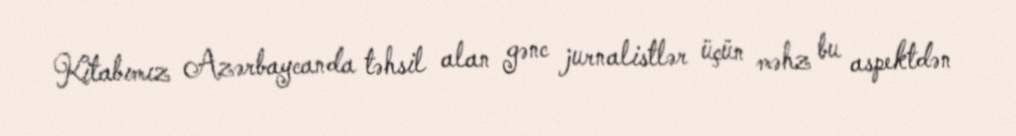
Kitabımız Azərbaycanda təhsil alan gənc jurnalistlər üçün məhz bu aspektdən